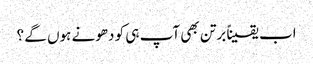
اب یقیناً برتن بھی آپ ہی کو دھونے ہوں گے ؟